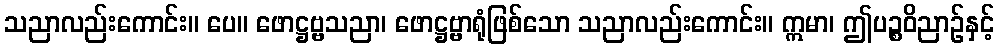
သညာလည်းကောင်း။ ပေ။ ဖောဋ္ဌဗ္ဗသညာ၊ ဖောဋ္ဌဗ္ဗာရုံဖြစ်သော သညာလည်းကောင်း။ ဣမာ၊ ဤပဉ္စဝိညာဉ်နှင့်